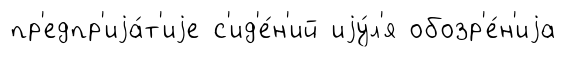
пр'едпр'иjа́т'иjе с'ид'е́н'ий иjу́л'я обозр'е́н'иjа